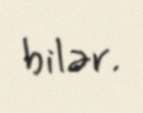
bilər.